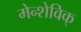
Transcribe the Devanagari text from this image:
मेन्शेविक्